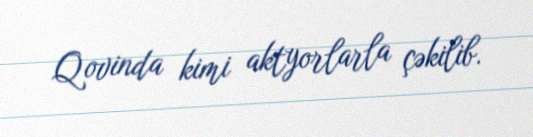
Qovinda kimi aktyorlarla çəkilib.